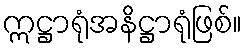
ဣဋ္ဌာရုံအနိဋ္ဌာရုံဖြစ်။